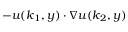
- \boldsymbol { u } ( \boldsymbol { k } _ { 1 } , y ) \cdot \nabla \boldsymbol { u } ( \boldsymbol { k } _ { 2 } , y )